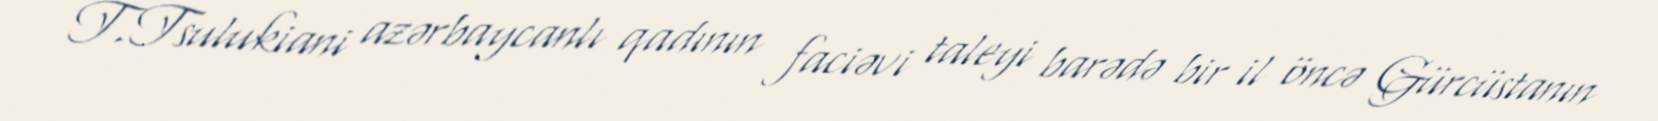
T.Tsulukiani azərbaycanlı qadının faciəvi taleyi barədə bir il öncə Gürcüstanın